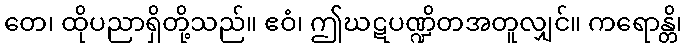
တေ၊ ထိုပညာရှိတို့သည်။ ဧဝံ၊ ဤဃဋပဏ္ဍိတအတူလျှင်။ ကရောန္တိ၊